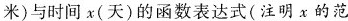
米)与时间x(天)的函数表达式(注明x的范